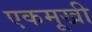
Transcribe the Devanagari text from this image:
एकमूखी